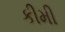
કીમી